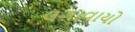
લગાવાયો